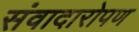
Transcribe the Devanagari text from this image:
संवादारोपण